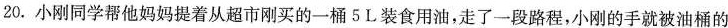
20.小刚同学帮他妈妈提着从超市刚买的一桶5L装食用油，走了一段路程，小刚的手就被油桶的